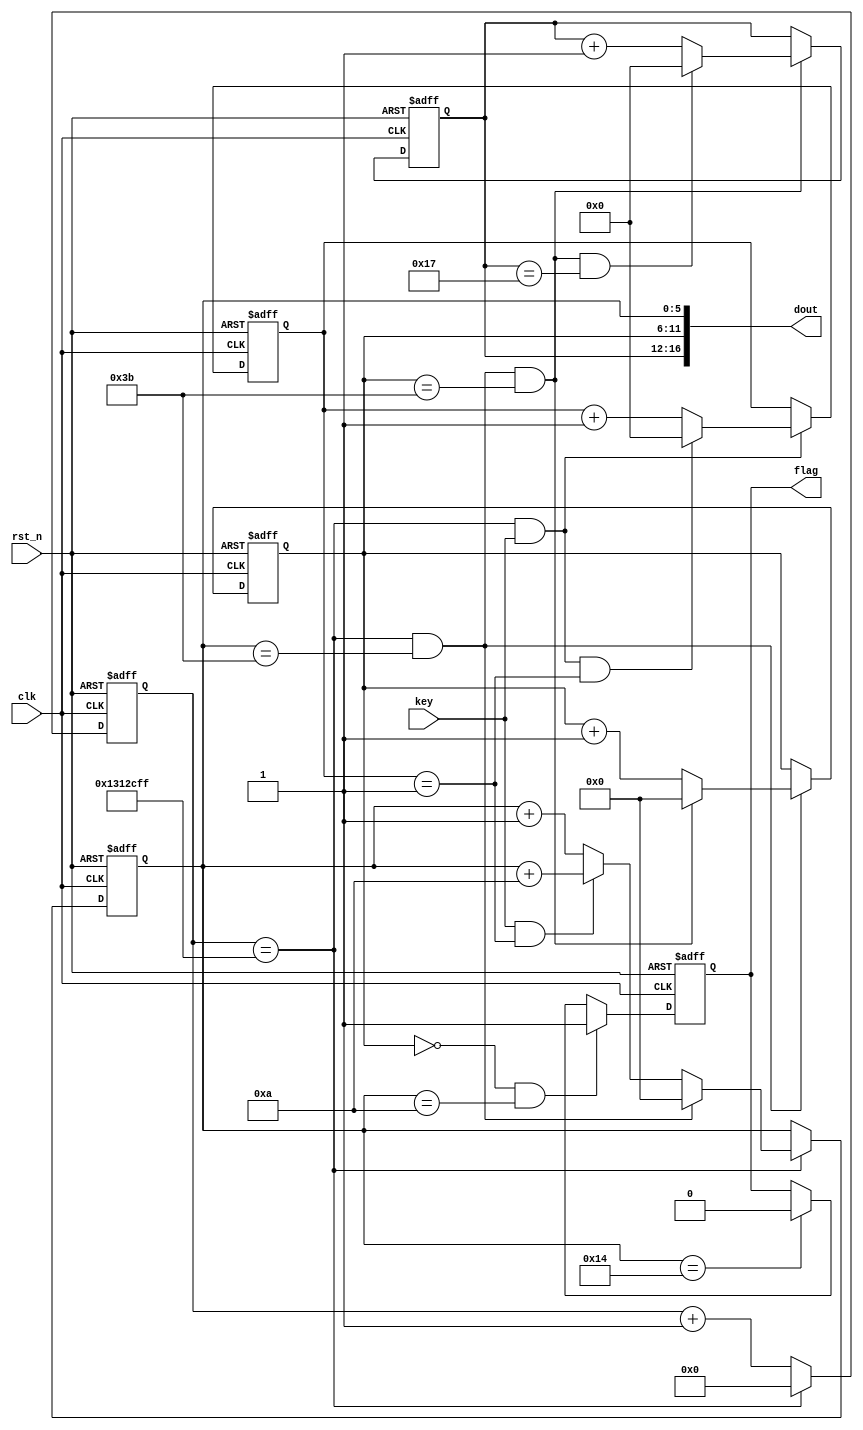
module counter_key (
    input           clk     ,
    input           rst_n   ,
    output [16:0]   dout    ,
    input           key     ,
    output     reg      flag    
);

    parameter TIME_1S = 20_000_000;

    reg     [25:0]      cnt         ;   //1s
    wire                add_cnt     ;
    wire                end_cnt     ;

    reg     [5:0]       cnts        ;   //60s
    wire                add_cnts     ;
    wire                end_cnts     ;

    reg     [5:0]       cntm        ;   //60m
    wire                add_cntm    ;
    wire                end_cntm    ;
    
    reg     [4:0]       cnth        ;   //24h
    wire                add_cnth    ;
    wire                end_cnth    ;

    reg     [4:0]       cnt1s      ;   //24h
    wire                add_cnt1s     ;
    wire                end_cnt1s     ;

    always @(posedge clk or negedge rst_n)begin 
        if(!rst_n)begin
            cnt1s <= 0;
        end 
        else if(add_cnt1s)begin 
            if(end_cnt1s)begin 
                cnt1s <= 0;
            end
            else begin 
                cnt1s <= cnt1s + 1;
            end 
        end
        else begin 
            cnt1s <= cnt1s;
        end 
    end 
    assign add_cnt1s = end_cnt && key == 1'b1;
    assign end_cnt1s = add_cnt1s && cnt1s == 1;
    always @(posedge clk or negedge rst_n)begin 
        if(!rst_n)begin
            cnt <= 0;
        end 
        else if(add_cnt)begin 
            if(end_cnt)begin 
                cnt <= 0;
            end
            else begin 
                cnt <= cnt + 1;
            end 
        end
        else begin 
            cnt <= cnt;
        end 
    end 
    assign add_cnt = 1'b1;
    assign end_cnt = add_cnt && cnt ==  TIME_1S - 1;

    always @(posedge clk or negedge rst_n)begin 
        if(!rst_n)begin
            cnts <= 0;
        end 
        else if(add_cnts)begin 
            if(end_cnts)begin 
                cnts <= 0;
            end
        else   if (key==1'b1&&cnt1s==1)begin
            cnts <= cnts + 6'd10;
        end
            else begin 
                cnts <= cnts + 1;
            end 
        end
        else begin 
            cnts <= cnts;
        end 
    end 
    assign add_cnts = end_cnt;
    assign end_cnts = add_cnts && cnts == 59 ;

    always @(posedge clk or negedge rst_n)begin 
        if(!rst_n)begin
            cntm <= 0;
        end 
        else if(add_cntm)begin 
            if(end_cntm)begin 
                cntm <= 0;
            end
            else begin 
                cntm <= cntm + 1;
            end 
        end
        else begin 
            cntm <= cntm;
        end 
    end 
    assign add_cntm = end_cnts;
    assign end_cntm = add_cntm && cntm == 59;

    always @(posedge clk or negedge rst_n)begin 
        if(!rst_n)begin
            cnth <= 0;
        end 
        else if(add_cnth)begin 
            if(end_cnth)begin 
                cnth <= 0;
            end
            else begin 
                cnth <= cnth + 1;
            end 
        end
        else begin 
            cnth <= cnth;
        end 
    end 
    assign add_cnth = end_cntm;
    assign end_cnth = add_cnth && cnth == 23;

    assign dout = {cnth,cntm,cnts};
    always @(posedge clk or negedge rst_n) begin
        if (!rst_n)begin
            flag <= 1'b0 ;
        end
        else if (cntm==6'b0&&cnts==6'd10)begin
            flag <= 1'b1 ;
        end
        else if (cnts == 6'd20)begin
            flag <= 1'b0;
        end
        else begin
            flag <= flag;
        end
    end

endmodule